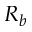
R _ { b }